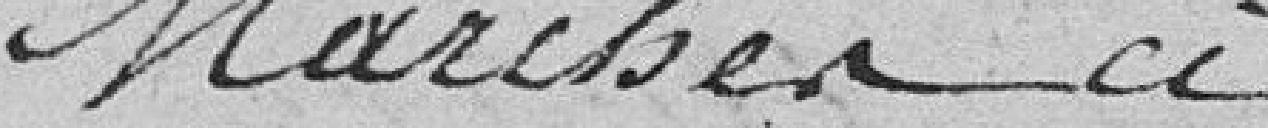
marchés